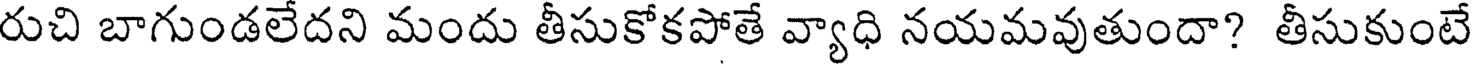
రుచి బాగుండలేదని మందు తీసుకోకపోతే వ్యాధి నయమవుతుందా? తీసుకుంటే